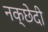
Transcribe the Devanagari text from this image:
नक्छेदी